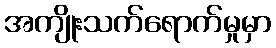
အကျိုးသက်ရောက်မှုမှာ